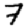
Digit: 7